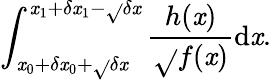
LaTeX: \int_{\mathit{x}_{0}+\delta\mathit{x}_{0}+\sqrt{}{{\delta\mathit{x}}}}^{\mathit{x}_{1}+\delta\mathit{x}_{1}-\sqrt{}{{\delta\mathit{x}}}}\frac{{h(\mathit{x})}}{{\sqrt{}{{f(\mathit{x})}}}}\mathrm{{d}}\mathit{x}.